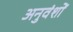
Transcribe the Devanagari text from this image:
अनुवंशों